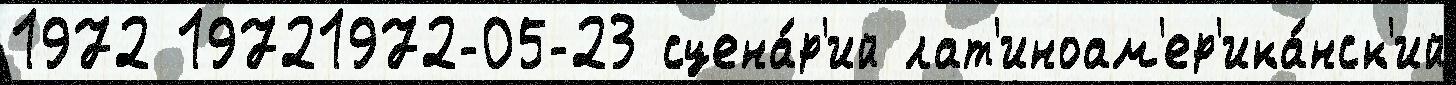
1972 19721972-05-23 сцена́р'ий лат'иноам'ер'ика́нск'ий